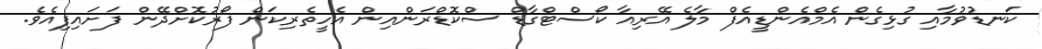
ކަނޑުވުމާއި ގުޅިގެން އެމްއެންޑީއެފް މާލެ އޭރިއާ ކޯސްޓްގާޑް ސްކޮޑްރަންއިން އެހީތެރިކަން ފޯރުކޮށްދޭން ފަށައިފިއެވެ.